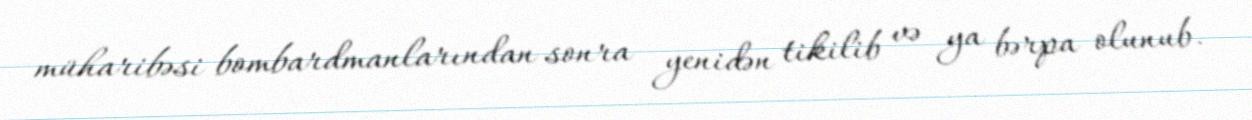
müharibəsi bombardmanlarından sonra yenidən tikilib və ya bərpa olunub.